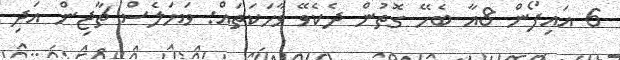
6 އައިފޯން 8އާ ބެހޭ ގޮތުން ދެކެވޭ ވާހަކަތައް: ވަޔަލެސް ޗާޖިން އަދި